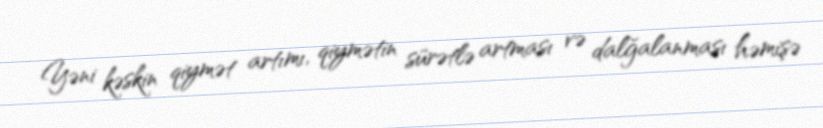
Yəni kəskin qiymət artımı, qiymətin sürətlə artması və dalğalanması həmişə